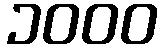
၁၀၀၀